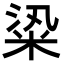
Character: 𥹦